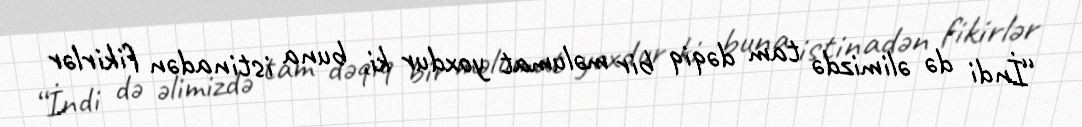
“İndi də əlimizdə tam dəqiq bir məlumat yoxdur ki, buna istinadən fikirlər